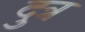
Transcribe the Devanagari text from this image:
दुत्र